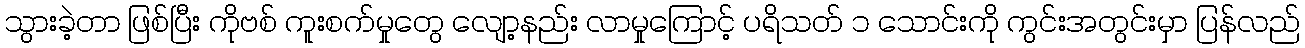
သွားခဲ့တာ ဖြစ်ပြီး ကိုဗစ် ကူးစက်မှုတွေ လျော့နည်း လာမှုကြောင့် ပရိသတ် ၁ သောင်းကို ကွင်းအတွင်းမှာ ပြန်လည်